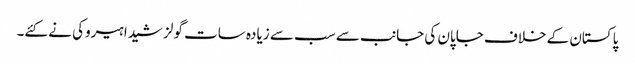
پاکستان کے خلاف جاپان کی جانب سے سب سے زیادہ سات گولز شیدا ہیروکی نے کئے۔